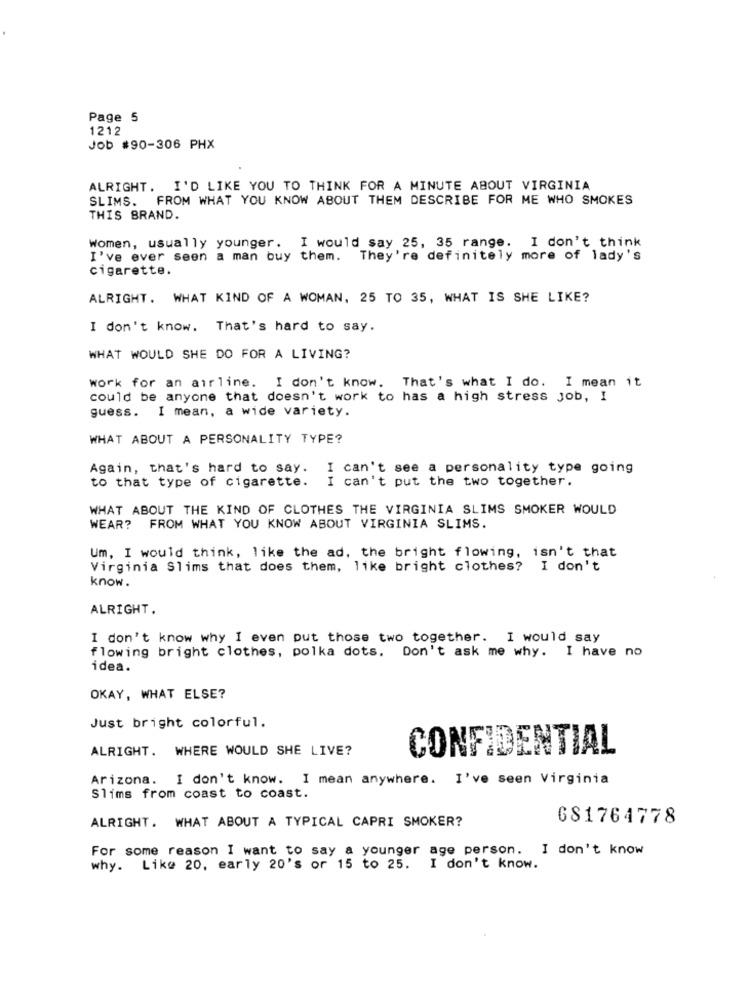
Page 5
1212
Job #90-306 PHX
ALRIGHT. I'D LIKE YOU TO THINK FOR A MINUTE ABOUT VIRGINIA
SLIMS. FROM WHAT YOU KNOW ABOUT THEM DESCRIBE FOR ME WHO SMOKES
THIS BRAND.
Women, usually younger. I would say 25, 35 range. I don't think
I've ever seen a man buy them. They're definitely more of lady's
cigarette.
ALRIGHT. WHAT KIND OF A WOMAN, 25 TO 35, WHAT IS SHE LIKE?
I don't know. That's hard to say.
WHAT WOULD SHE DO FOR A LIVING?
work for an airline. I don't know. That's what I do. I mean it
could be anyone that doesn't work to has a high stress job, I
guess. I mean, a wide variety.
WHAT ABOUT A PERSONALITY TYPE?
Again, that's hard to say. I can't see a personality type going
to that type of cigarette. I can't put the two together.
WHAT ABOUT THE KIND OF CLOTHES THE VIRGINIA SLIMS SMOKER WOULD
WEAR? FROM WHAT YOU KNOW ABOUT VIRGINIA SLIMS.
Um, I would think, like the ad, the bright flowing, isn't that
Virginia Slims that does them, like bright clothes? I don't
know.
ALRIGHT.
I don't know why I even put those two together. I would say
flowing bright clothes, polka dots. Don't ask me why. I have no
idea.
OKAY, WHAT ELSE?
Just bright colorful.
ALRIGHT. WHERE WOULD SHE LIVE?
CONFIDENTIAL
Arizona. I don't know. I mean anywhere. I've seen Virginia
Slims from coast to coast.
ALRIGHT. WHAT ABOUT A TYPICAL CAPRI SMOKER?
681764778
For some reason I want to say a younger age person. I don't know
why. Like 20, early 20's or 15 to 25. I don't know.